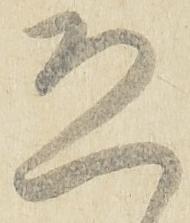
恐